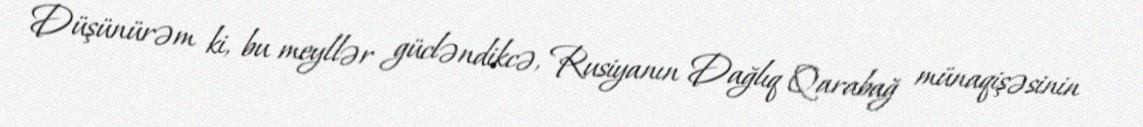
Düşünürəm ki, bu meyllər gücləndikcə, Rusiyanın Dağlıq Qarabağ münaqişəsinin